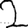
Digit: 2